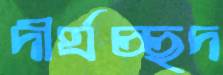
দীর্ঘচ্ছদ